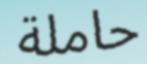
حاملة